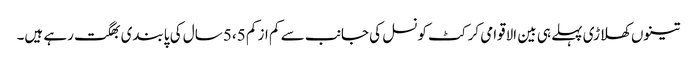
تینوں کھلاڑی پہلے ہی بین الاقوامی کرکٹ کونسل کی جانب سے کم از کم 5،5 سال کی پابندی بھگت رہے ہیں۔